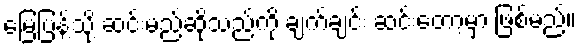
မြေပြန့်သို့ ဆင်းမည်ဆိုသည်ကို ချက်ချင်း ဆင်းတော့မှာ ဖြစ်မည်။